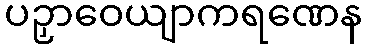
ပဉှာဝေယျာကရဏေန